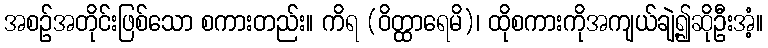
အစဉ်အတိုင်းဖြစ်သော စကားတည်း။ ကိရ (ဝိတ္ထာရေမိ)၊ ထိုစကားကိုအကျယ်ချဲ့၍ဆိုဦးအံ့။